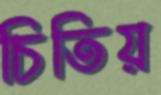
চিতিয়